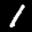
Label: 1